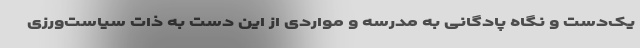
یک‌دست و نگاه پادگانی به مدرسه و مواردی از این دست به ذات سیاست‌ورزی